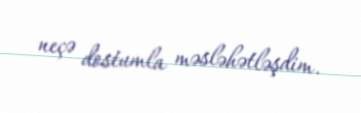
neçə dostumla məsləhətləşdim.